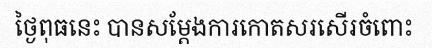
ថ្ងៃពុធនេះ បានសម្តែងការកោតសរសើរចំពោះ